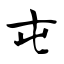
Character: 屯